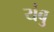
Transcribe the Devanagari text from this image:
यंबु